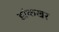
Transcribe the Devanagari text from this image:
झंकखर